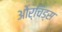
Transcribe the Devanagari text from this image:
ओर्चिड्स